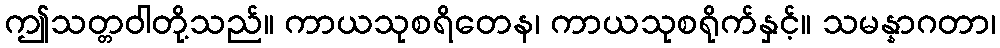
ဤသတ္တဝါတို့သည်။ ကာယသုစရိတေန၊ ကာယသုစရိုက်နှင့်။ သမန္နာဂတာ၊